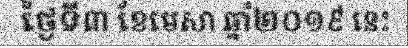
ថ្ងៃទី៣ ខែមេសា ឆ្នាំ២០១៩ នេះ